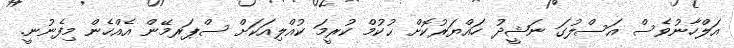
އަލްހާނުވެސް އަސްލުގަ ނަޝީދު ހައްޔަރުކޮށް ޙުކުމް ކުރީމަ ކުއްލިއަކަށް ސްޕަރމޭން އެއްހެން މިފެނުނީ.